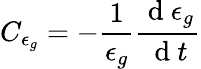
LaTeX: C_{\epsilon_{g}}=-\frac{1}{\epsilon_{g}}\frac{\mathrm{~d~}\epsilon_{g}}{\mathrm{~d~}t}